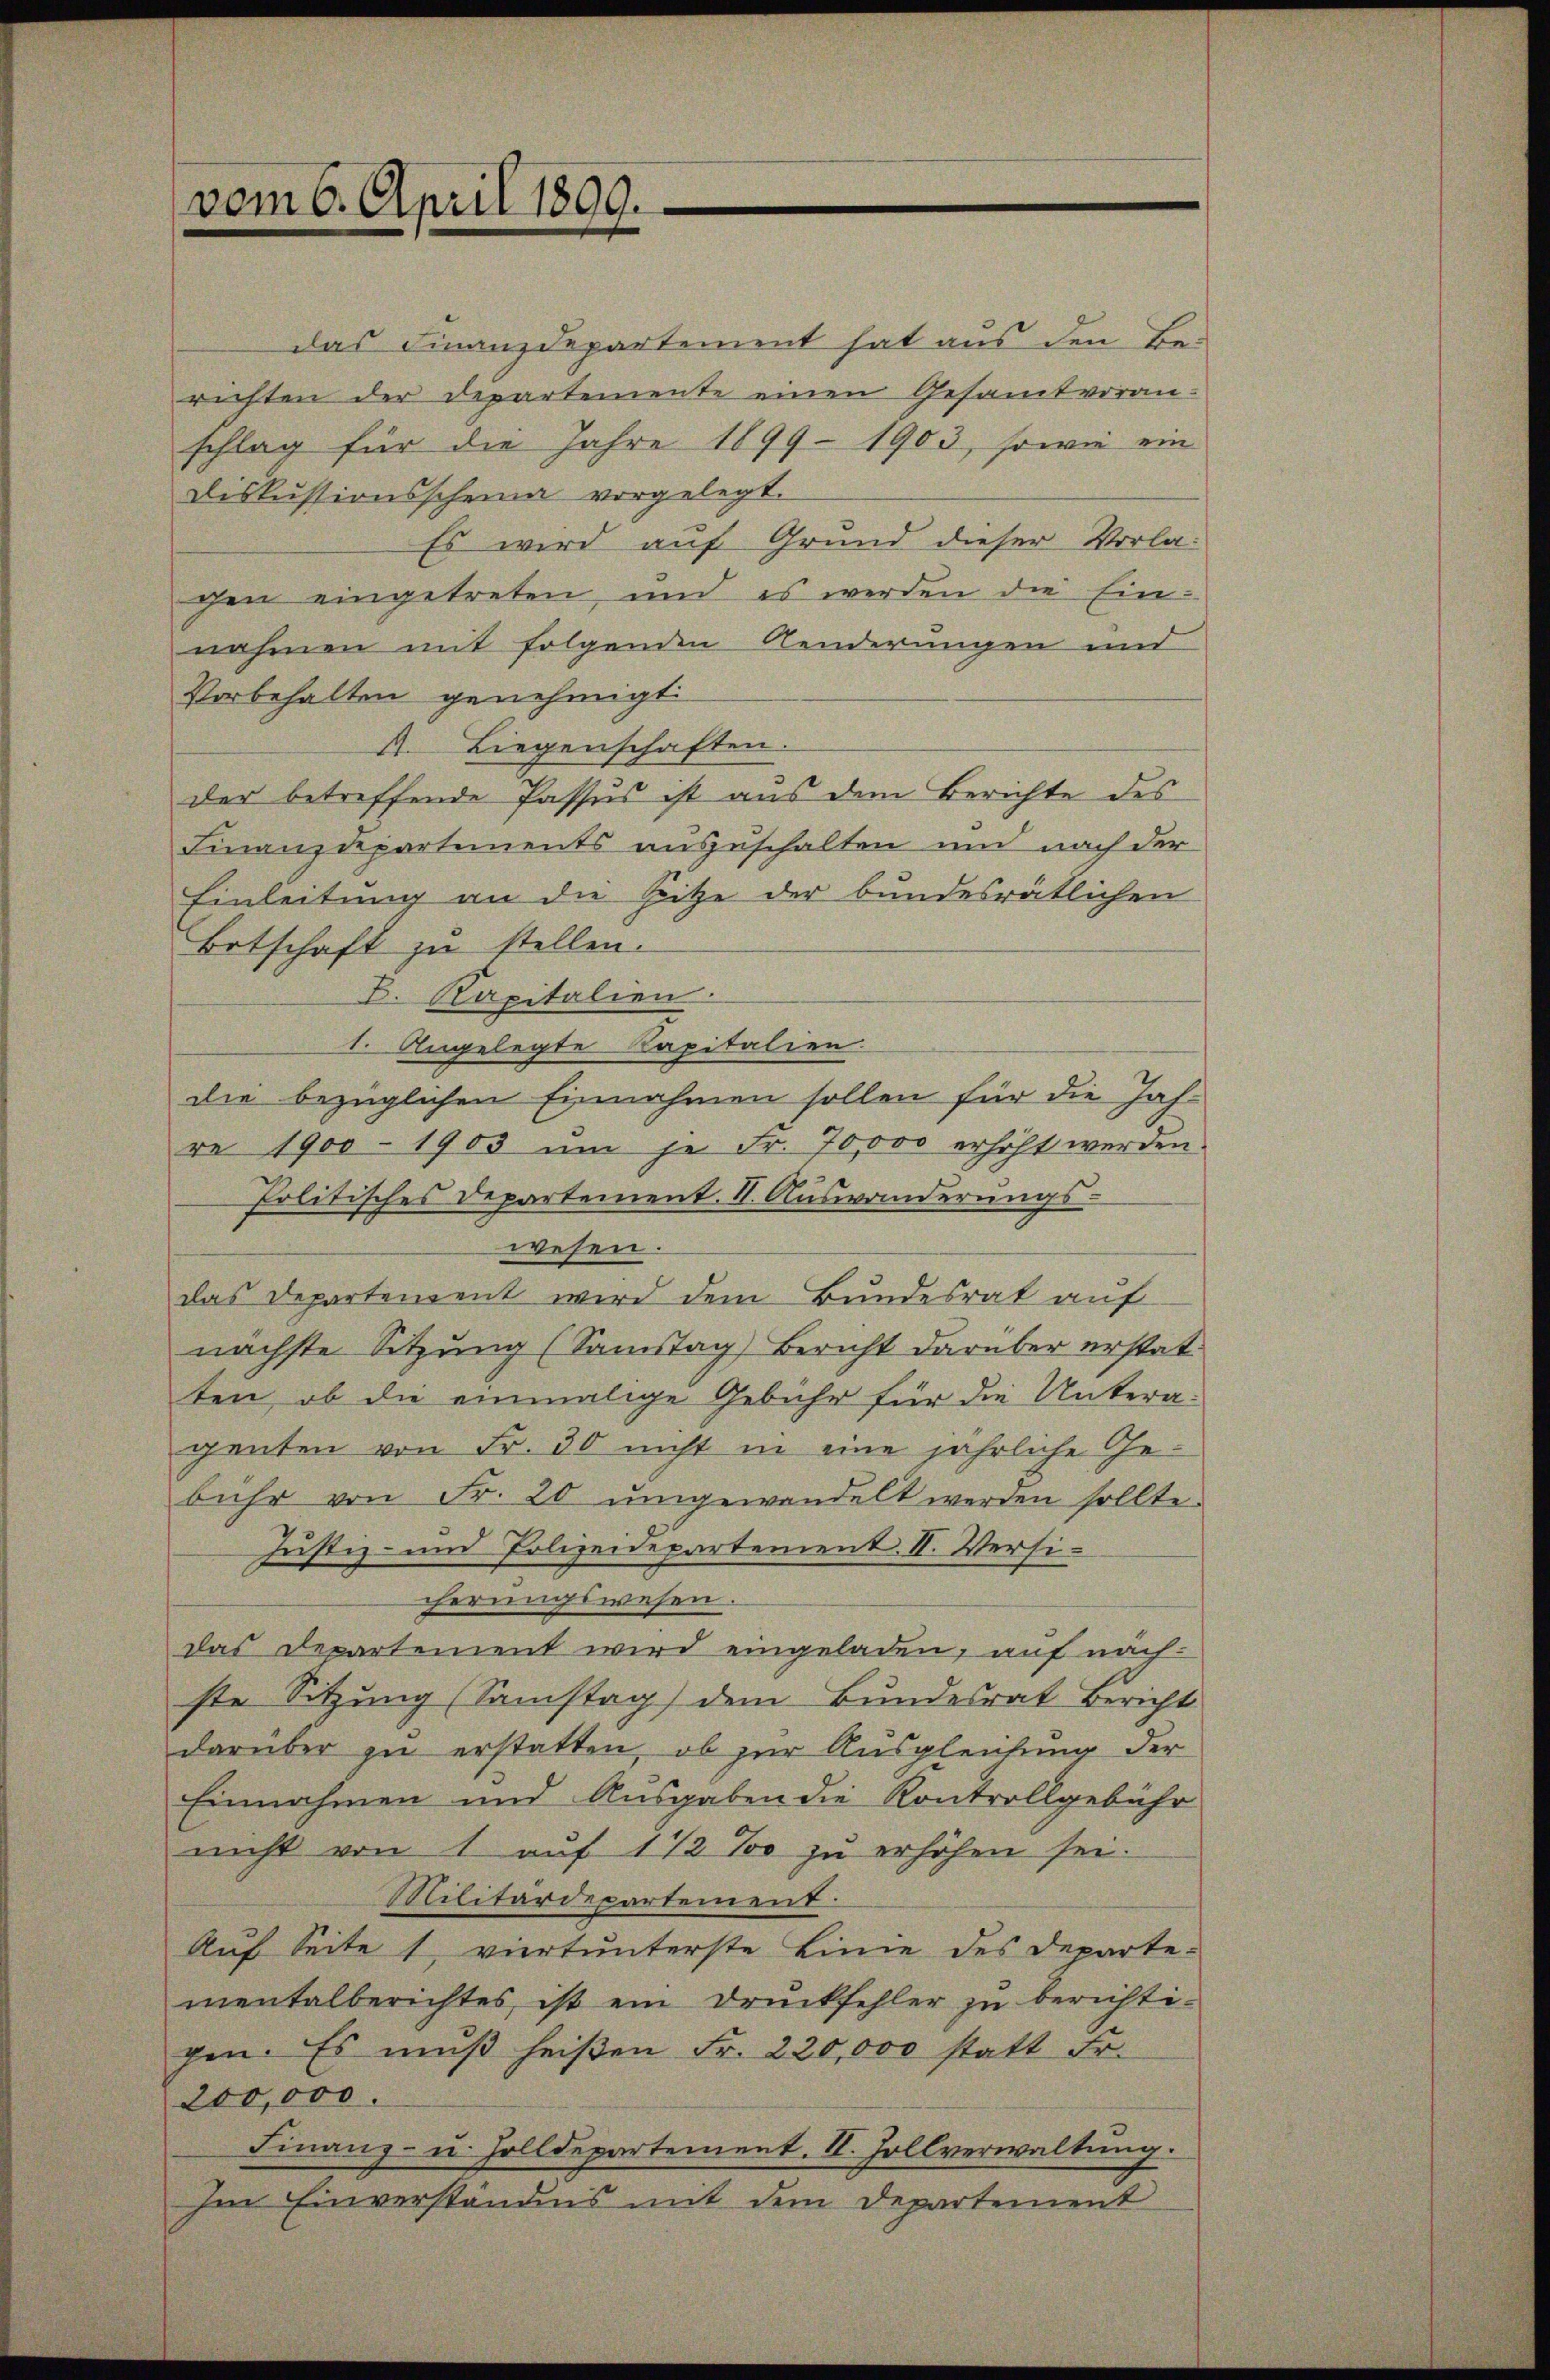
vom 6. April 1899.

das Finanzdepartement hat aus den Berichten der Departemente einen Gesamtvoran-
schlag für die Jahre 1899 - 1903, sowie ein
Diskussionsscheine vorgelegt.
Es wird auf Grund dieser Vorlagen eingetreten, und es werden die Einnahmen mit folgenden Aenderungen und
Vorbehalten genehmigt.
A. Liegenschaften.
der betreffende Passus ist aus dem Berichte des
Finanzdepartements auszuschalten und nach der
Einleitung an die Hitze der bundesrätlichen
Botschaft zu stellen.
B. Kapitalien
1. Angelegte Kapitalien
die bezüglichen Einnahmen sollen für die Jahre 1900 - 1903 ŭm je Fr. 70,000 erhöht werden
Politisches Departement. II. Auswanderŭngs-
wesen.
das Departement wird dem Bundesrat auf
nächste Sitzung (Samstag) Bericht darüber erstatten, ob die einmalige Gebühr für die Unteragenten von Fr. 30 nicht in eine jährliche Gebühr von Fr. 20 umgewandelt werden sollte.
Justiz- und Polizeidepartement II. Versicherungswesen.
das Departement wird eingeladen, auf näch-
ste Sitzung (Samstag) dem Bundesrat Bericht
darüber zu erstatten, ob zur Ausgleichung der
Einnahmen und Ausgaben die Kontrollgebühr
nicht von 1 auf 1 1/2 % zu erhöhen sei.
Militärdepartement.
Auf Seite 1 viert unterste Linie des Departe-
mentalberichtes, ist ein Druckfehler zu berichtigen. Es muß heißen Fr. 220,000 statt Fr.
200,000.
Finanz- u. Holldepartement. II. Zollverwaltung.
Im Einverständnis mit dem Departement